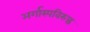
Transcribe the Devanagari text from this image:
अर्गास्पविरुद्ध